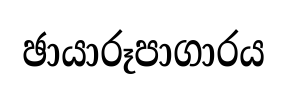
ඡායාරූපාගාරය